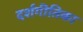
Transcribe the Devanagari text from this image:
दर्शगीतिका